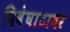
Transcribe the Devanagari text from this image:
दिवेघाटावर